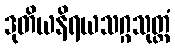
ဒုတိယနိရယသဂ္ဂသုတ္တံ